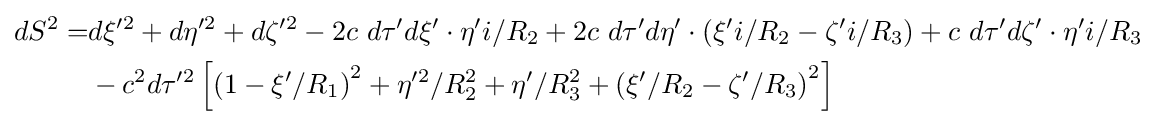
{\begin{aligned}dS^{2}=&d\xi ^{\prime 2}+d\eta ^{\prime 2}+d\zeta ^{\prime 2}-2c\ d\tau 'd\xi '\cdot \eta 'i/R_{2}+2c\ d\tau 'd\eta '\cdot \left(\xi 'i/R_{2}-\zeta 'i/R_{3}\right)+c\ d\tau 'd\zeta '\cdot \eta 'i/R_{3}\\&-c^{2}d\tau ^{\prime 2}\left[\left(1-\xi '/R_{1}\right)^{2}+\eta ^{\prime 2}/R_{2}^{2}+\eta ^{\prime }/R_{3}^{2}+\left(\xi '/R_{2}-\zeta '/R_{3}\right)^{2}\right]\end{aligned}}